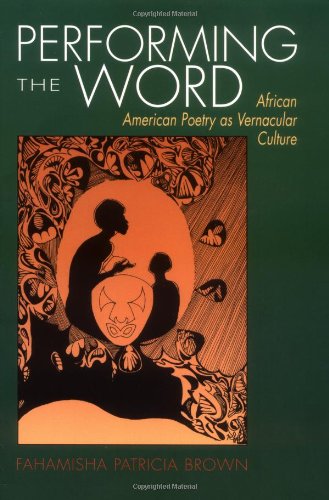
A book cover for Performing the Word: African American Poetry As Vernacular Culture; Fahamisha Patricia Brown; Literature & Fiction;